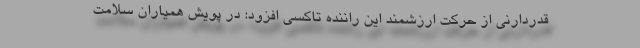
قدردارنی از حرکت ارزشمند این راننده تاکسی افزود: در پویش همیاران سلامت